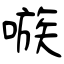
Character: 嗾